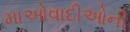
માઓવાદીઓની